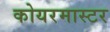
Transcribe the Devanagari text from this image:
कोयरमास्टर